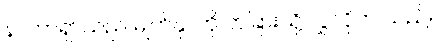
နာတာရှာသည် မျက်နှာကို တခြားသို့ လွှဲလိုက် သည်။